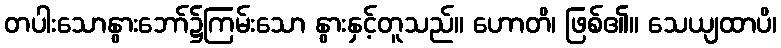
တပါးသောနွားဘော်၌ကြမ်းသော နွားနှင့်တူသည်။ ဟောတိ၊ ဖြစ်၏။ သေယျထာပိ၊